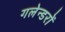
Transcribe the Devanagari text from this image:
गलेन्डरों